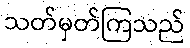
သတ်မှတ်ကြသည်